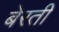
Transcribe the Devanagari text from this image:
बेरती